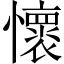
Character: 懷